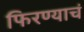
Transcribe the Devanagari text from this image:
फिरण्याचं